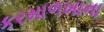
કરમાળખાના